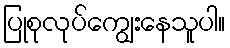
ပြုစုလုပ်ကျွေးနေသူပါ။